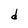
Character: d